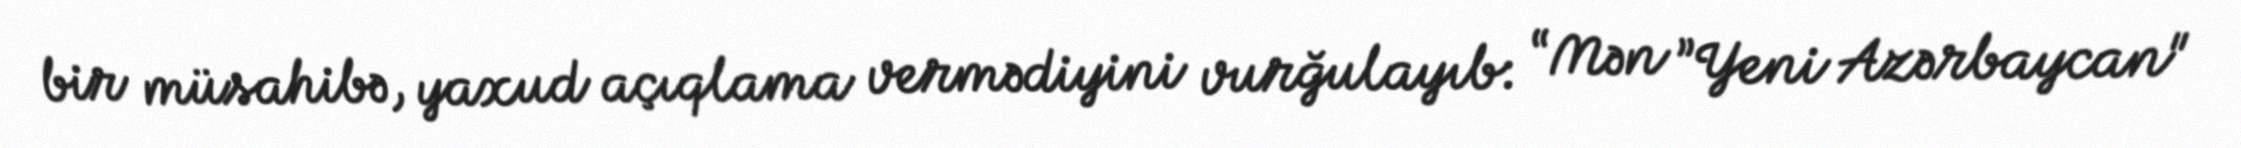
bir müsahibə, yaxud açıqlama vermədiyini vurğulayıb: “Mən ”Yeni Azərbaycan"